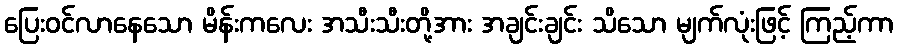
ပြေးဝင်လာနေသော မိန်းကလေး အသီးသီးတို့အား အချင်းချင်း သိသော မျက်လုံးဖြင့် ကြည့်ကာ